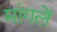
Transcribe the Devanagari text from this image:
मांगलें